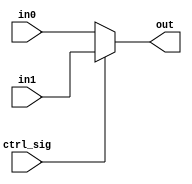
`timescale 1ns / 1ps
//////////////////////////////////////////////////////////////////////////////////
// Company: 
// Engineer: 
// 
// Design Name: 
// Module Name: mux_5
// Project Name: 
// Target Devices: 
// Tool Versions: 
// Description: 
// 
// Dependencies: 
// 
// Revision:
// Revision 0.01 - File Created
// Additional Comments:
// 
//////////////////////////////////////////////////////////////////////////////////


module mux_5(
	input [4:0] in0,
	input [4:0] in1,
	input ctrl_sig,
	output [4:0] out
	);

	assign out = ctrl_sig ? in1 : in0;
	
endmodule